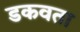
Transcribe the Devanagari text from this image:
डकवता